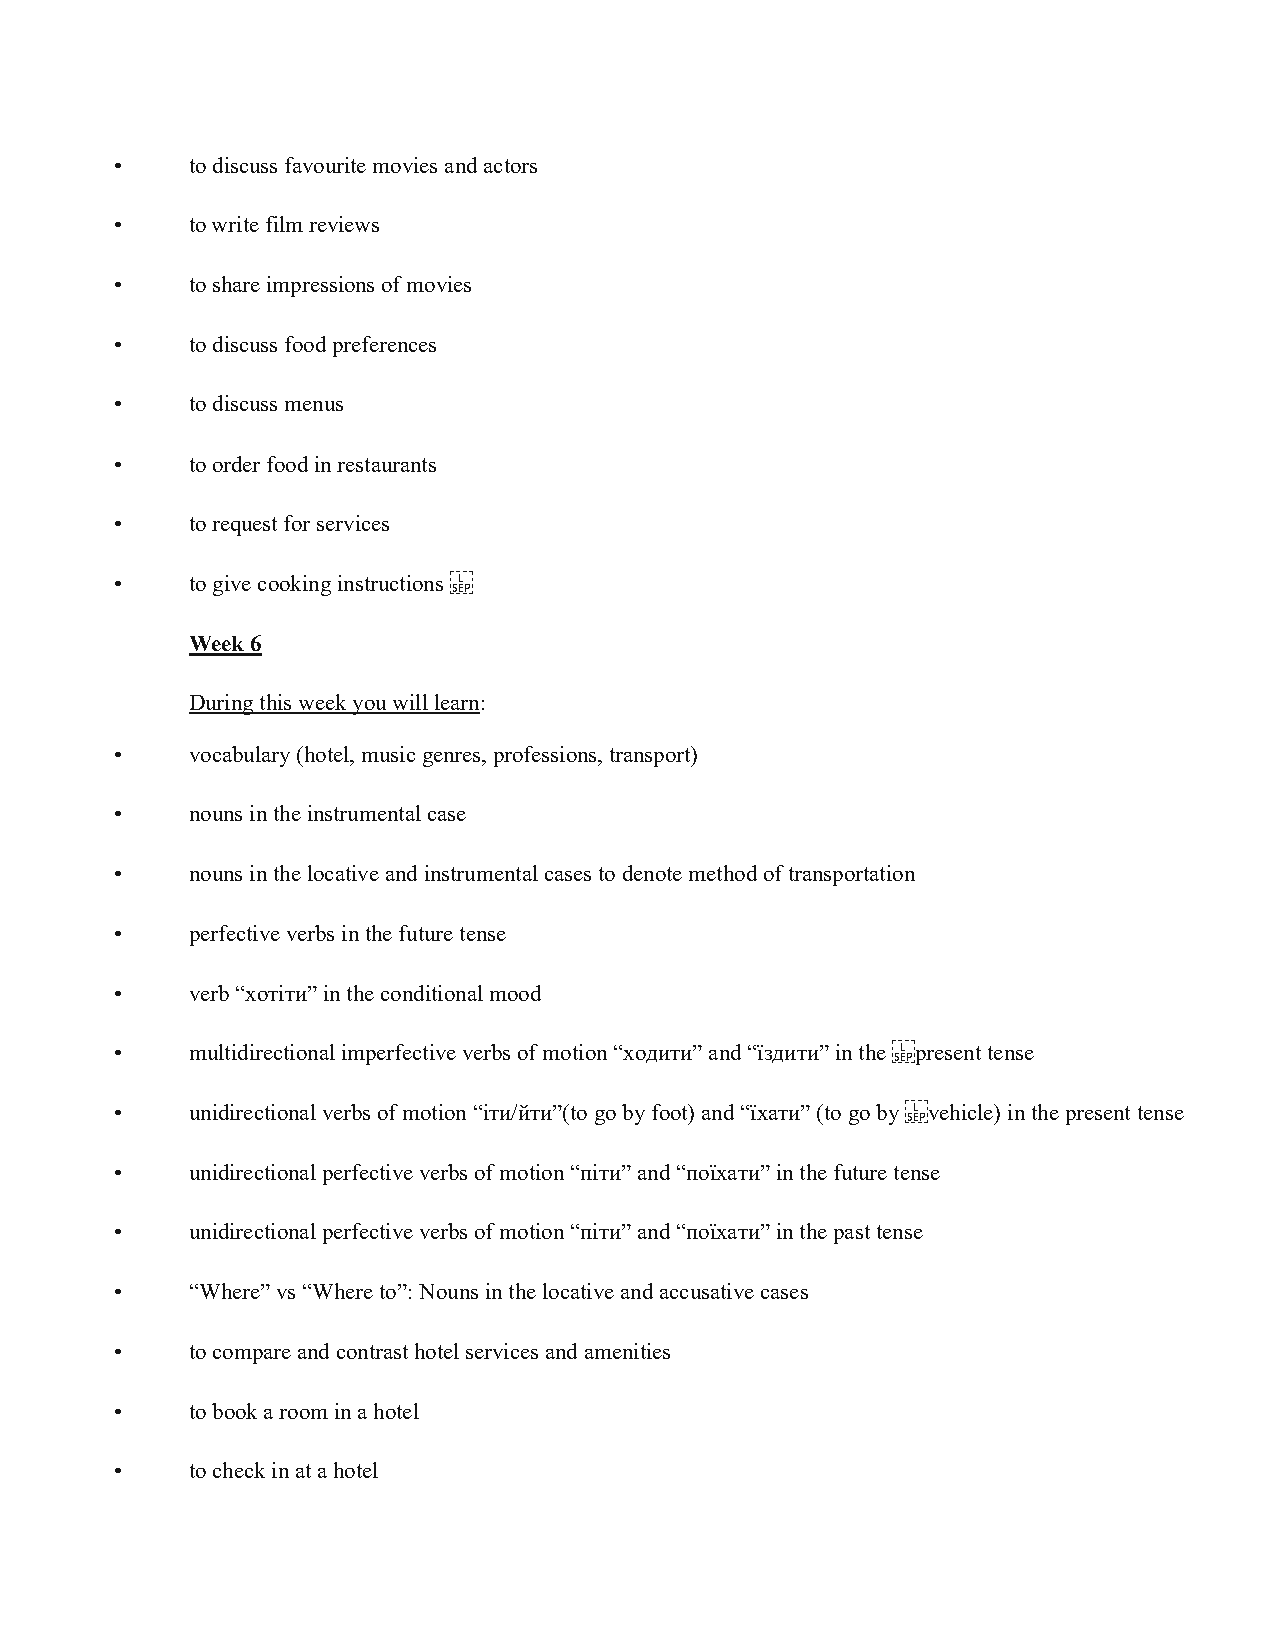
•   to discuss favourite movies and actors
 •   to write film reviews
 •   to share impressions of movies
 •   to discuss food preferences
 •   to discuss menus
 •   to order food in restaurants
 •   to request for services
 •   to give cooking instructions
 Week 6
 During this week you will learn:
 •   vocabulary (hotel, music genres, professions, transport)
 •   nouns in the instrumental case
 •   nouns in the locative and instrumental cases to denote method of transportation
 •   perfective verbs in the future tense
 •   verb “хотіти” in the conditional mood
 •   multidirectional imperfective verbs of motion “ходити” and “їздити” in the present tense
 •   unidirectional verbs of motion “іти/йти”(to go by foot) and “їхати” (to go by vehicle) in the present tense
 •   unidirectional perfective verbs of motion “піти” and “поїхати” in the future tense
 •   unidirectional perfective verbs of motion “піти” and “поїхати” in the past tense
 •   “Where” vs “Where to”: Nouns in the locative and accusative cases
 •   to compare and contrast hotel services and amenities
 •   to book a room in a hotel
 •   to check in at a hotel